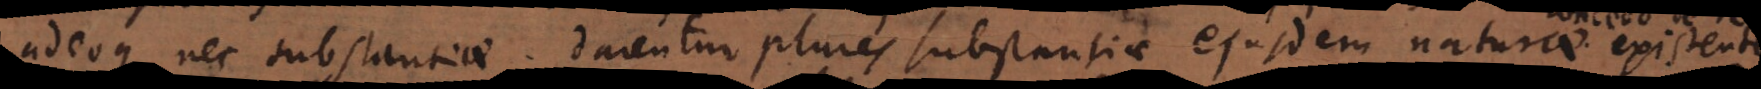
adeoque nec substantiae. Darentur plures substantiae eiusdem naturae. Con